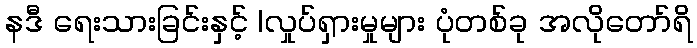
နဒီ ရေးသားခြင်းနှင့် |လှုပ်ရှားမှုများ ပုံတစ်ခု အလိုတော်ရိ